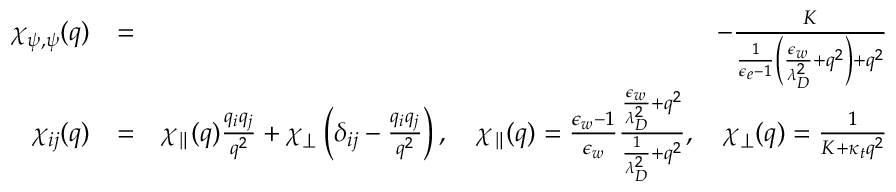
\begin{array} { r l r } { \chi _ { \psi , \psi } ( q ) } & { = } & { - \frac { K } { \frac { 1 } { \epsilon _ { e } - 1 } \left( \frac { \epsilon _ { w } } { \lambda _ { D } ^ { 2 } } + q ^ { 2 } \right) + q ^ { 2 } } } \\ { \chi _ { i j } ( q ) } & { = } & { \chi _ { \parallel } ( q ) \frac { q _ { i } q _ { j } } { q ^ { 2 } } + \chi _ { \perp } \left( \delta _ { i j } - \frac { q _ { i } q _ { j } } { q ^ { 2 } } \right) , \quad \chi _ { \parallel } ( q ) = \frac { \epsilon _ { w } - 1 } { \epsilon _ { w } } \frac { \frac { \epsilon _ { w } } { \lambda _ { D } ^ { 2 } } + q ^ { 2 } } { \frac { 1 } { \lambda _ { D } ^ { 2 } } + q ^ { 2 } } , \quad \chi _ { \perp } ( q ) = \frac { 1 } { K + \kappa _ { t } q ^ { 2 } } } \end{array}